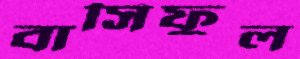
বাসিফুল